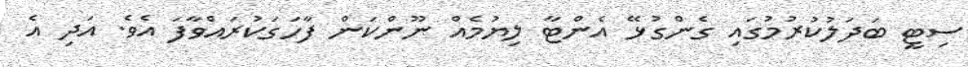
ސިޓީ ބަދަލުކުރުމުގައި ގެންގުޅޭ އެންޓާ ލިޔުމެއް ނޫންކަން ފާހަގަކުރައްވާފަ އެވެ. އަދި އެ